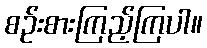
စဉ်းစားကြည့်ကြပါ။